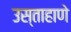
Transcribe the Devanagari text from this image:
उस्ताहाणे